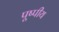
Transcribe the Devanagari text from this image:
पूष्पीय